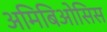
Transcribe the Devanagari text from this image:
अमिबिओसिस